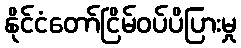
နိုင်ငံတော်ငြိမ်ဝပ်ပိပြားမှု